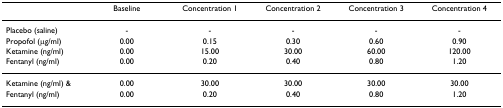
<table><thead><tr><td></td><td><b>Baseline</b></td><td><b>Concentration 1</b></td><td><b>Concentration 2</b></td><td><b>Concentration 3</b></td><td><b>Concentration 4</b></td></tr></thead><tbody><tr><td>Placebo (saline)</td><td>-</td><td>-</td><td>-</td><td>-</td><td>-</td></tr><tr><td>Propofol (μg/ml)</td><td>0.00</td><td>0.15</td><td>0.30</td><td>0.60</td><td>0.90</td></tr><tr><td>Ketamine (ng/ml)</td><td>0.00</td><td>15.00</td><td>30.00</td><td>60.00</td><td>120.00</td></tr><tr><td>Fentanyl (ng/ml)</td><td>0.00</td><td>0.20</td><td>0.40</td><td>0.80</td><td>1.20</td></tr><tr><td>Ketamine (ng/ml) &amp;</td><td>0.00</td><td>30.00</td><td>30.00</td><td>30.00</td><td>30.00</td></tr><tr><td>Fentanyl (ng/ml)</td><td>0.00</td><td>0.20</td><td>0.40</td><td>0.80</td><td>1.20</td></tr></tbody></table>